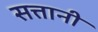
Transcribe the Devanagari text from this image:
सत्तानी